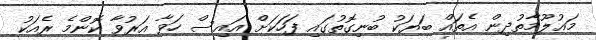
މައުލޫމާތުދިން އެތައް ބަޔަކު ބުނިގޮތުގައި ފަހަކަށް އައިސް ހަވާ އަރުވާ ކޮންމެ ރެއަކު